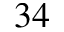
^ { 3 4 }